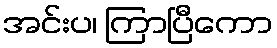
အင်းပ၊ ကြာပြီကော